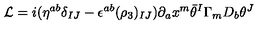
{ \cal L } = i ( \eta ^ { a b } \delta _ { I J } - \epsilon ^ { a b } ( \rho _ { 3 } ) _ { I J } ) \partial _ { a } x ^ { m } \bar { \theta } ^ { I } \Gamma _ { m } D _ { b } \theta ^ { J }